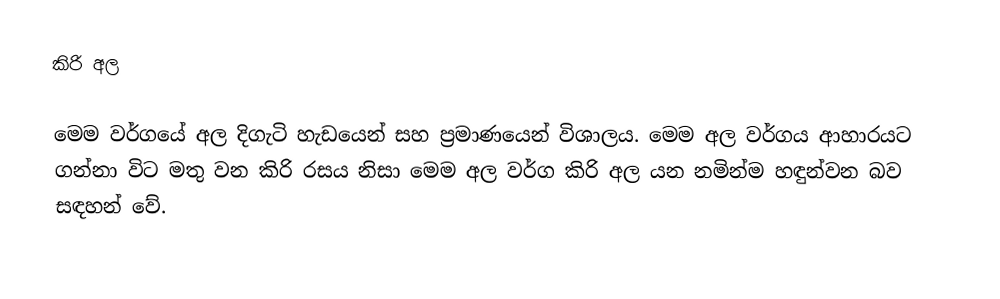
කිරි අල

මෙම වර්ගයේ අල දිගැටි හැඩයෙන් සහ ප්‍රමාණයෙන් විශාලය. මෙම අල වර්ගය ආහාරයට ගන්නා විට මතු වන කිරි රසය නිසා මෙම අල වර්ග කිරි අල යන නමින්ම හඳුන්වන බව සඳහන් වේ.